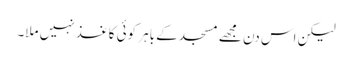
لیکن اس دن مجھے مسجد کے باہر کوئی کاغذ نہیں ملا۔